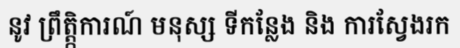
នូវ ព្រឹត្ត្កិការណ៍ មនុស្ស ទីកន្លែង និង ការស្វែងរក